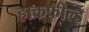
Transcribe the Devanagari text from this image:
हाकफील्ड